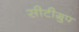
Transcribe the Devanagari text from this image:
सीटीग्रुप